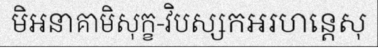
មិអនាគាមិសុក្ខ-វិបស្សកអរហន្តេសុ